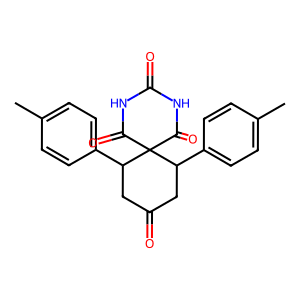
SMILES: Cc1ccc(C2CC(=O)CC(c3ccc(C)cc3)C23C(=O)NC(=O)NC3=O)cc1
Inhibits HIV replication: No